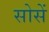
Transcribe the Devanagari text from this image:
सोसें